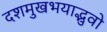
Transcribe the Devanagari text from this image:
दशमुखभयाद्भुवो